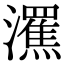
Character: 𤃭